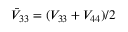
\bar { V } _ { 3 3 } = ( V _ { 3 3 } + V _ { 4 4 } ) / 2